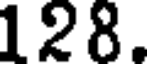
128.